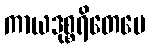
ကာယဒုစ္စရိတေပေ